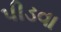
પીડવા